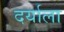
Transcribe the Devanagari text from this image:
दर्याला